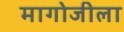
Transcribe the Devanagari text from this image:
मागोजीला